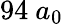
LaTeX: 94~a_{0}